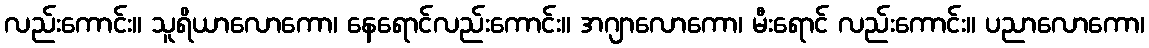
လည်းကောင်း။ သူရိယာလောကော၊ နေရောင်လည်းကောင်း။ အဂျာလောကော၊ မီးရောင် လည်းကောင်း။ ပညာလောကော၊